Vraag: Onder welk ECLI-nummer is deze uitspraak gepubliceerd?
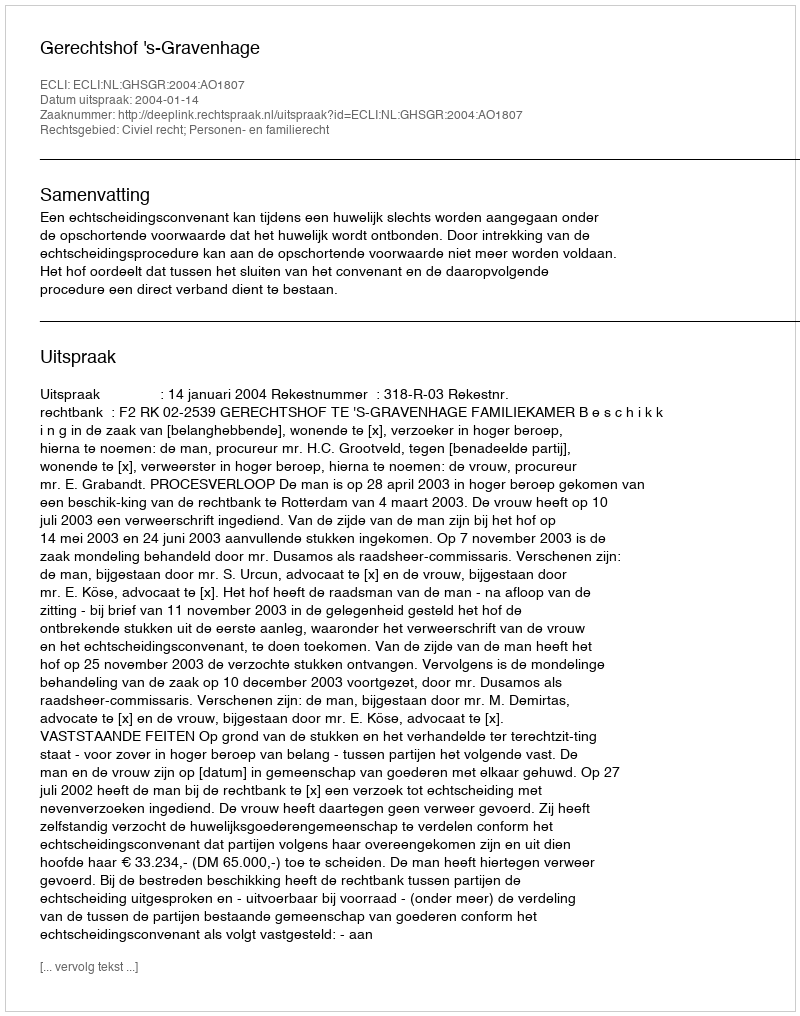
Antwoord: ECLI:NL:GHSGR:2004:AO1807